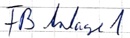
Text: FB Anlage 1